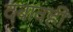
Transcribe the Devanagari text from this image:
दबावही